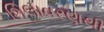
શિલાવરણથી